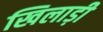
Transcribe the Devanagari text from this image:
खिलाड़ी